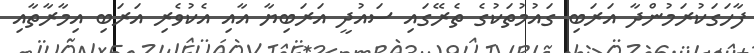
ފާހަގަކުރަމުންދާ އަރަބި ގައުމުތަކުގެ ތެރޭގައި ސައުދީ އަރަބިޔާ އާއި އެކުވެރި އަރަބި އިމާރާތާއި